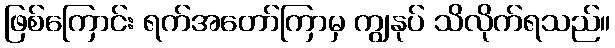
ဖြစ်ကြောင်း ရက်အတော်ကြာမှ ကျွနုပ် သိလိုက်ရသည်။